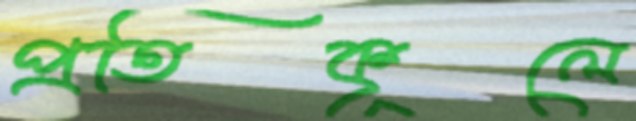
প্রতিকূলে